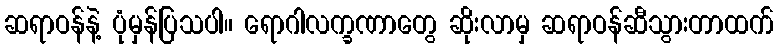
ဆရာဝန်နဲ့ ပုံမှန်ပြသပါ။ ရောဂါလက္ခဏာတွေ ဆိုးလာမှ ဆရာဝန်ဆီသွားတာထက်